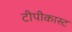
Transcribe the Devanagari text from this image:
टीपीकास्ट